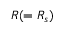
{ \cal R } ( = { \cal R } _ { s } )